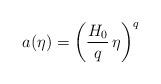
LaTeX: \begin{align*}a(\eta) = \left(\frac{H_0}{q} \, \eta \right)^q\end{align*}